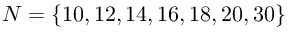
N = \{ 1 0 , 1 2 , 1 4 , 1 6 , 1 8 , 2 0 , 3 0 \}